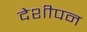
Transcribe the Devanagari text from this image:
देशीपन